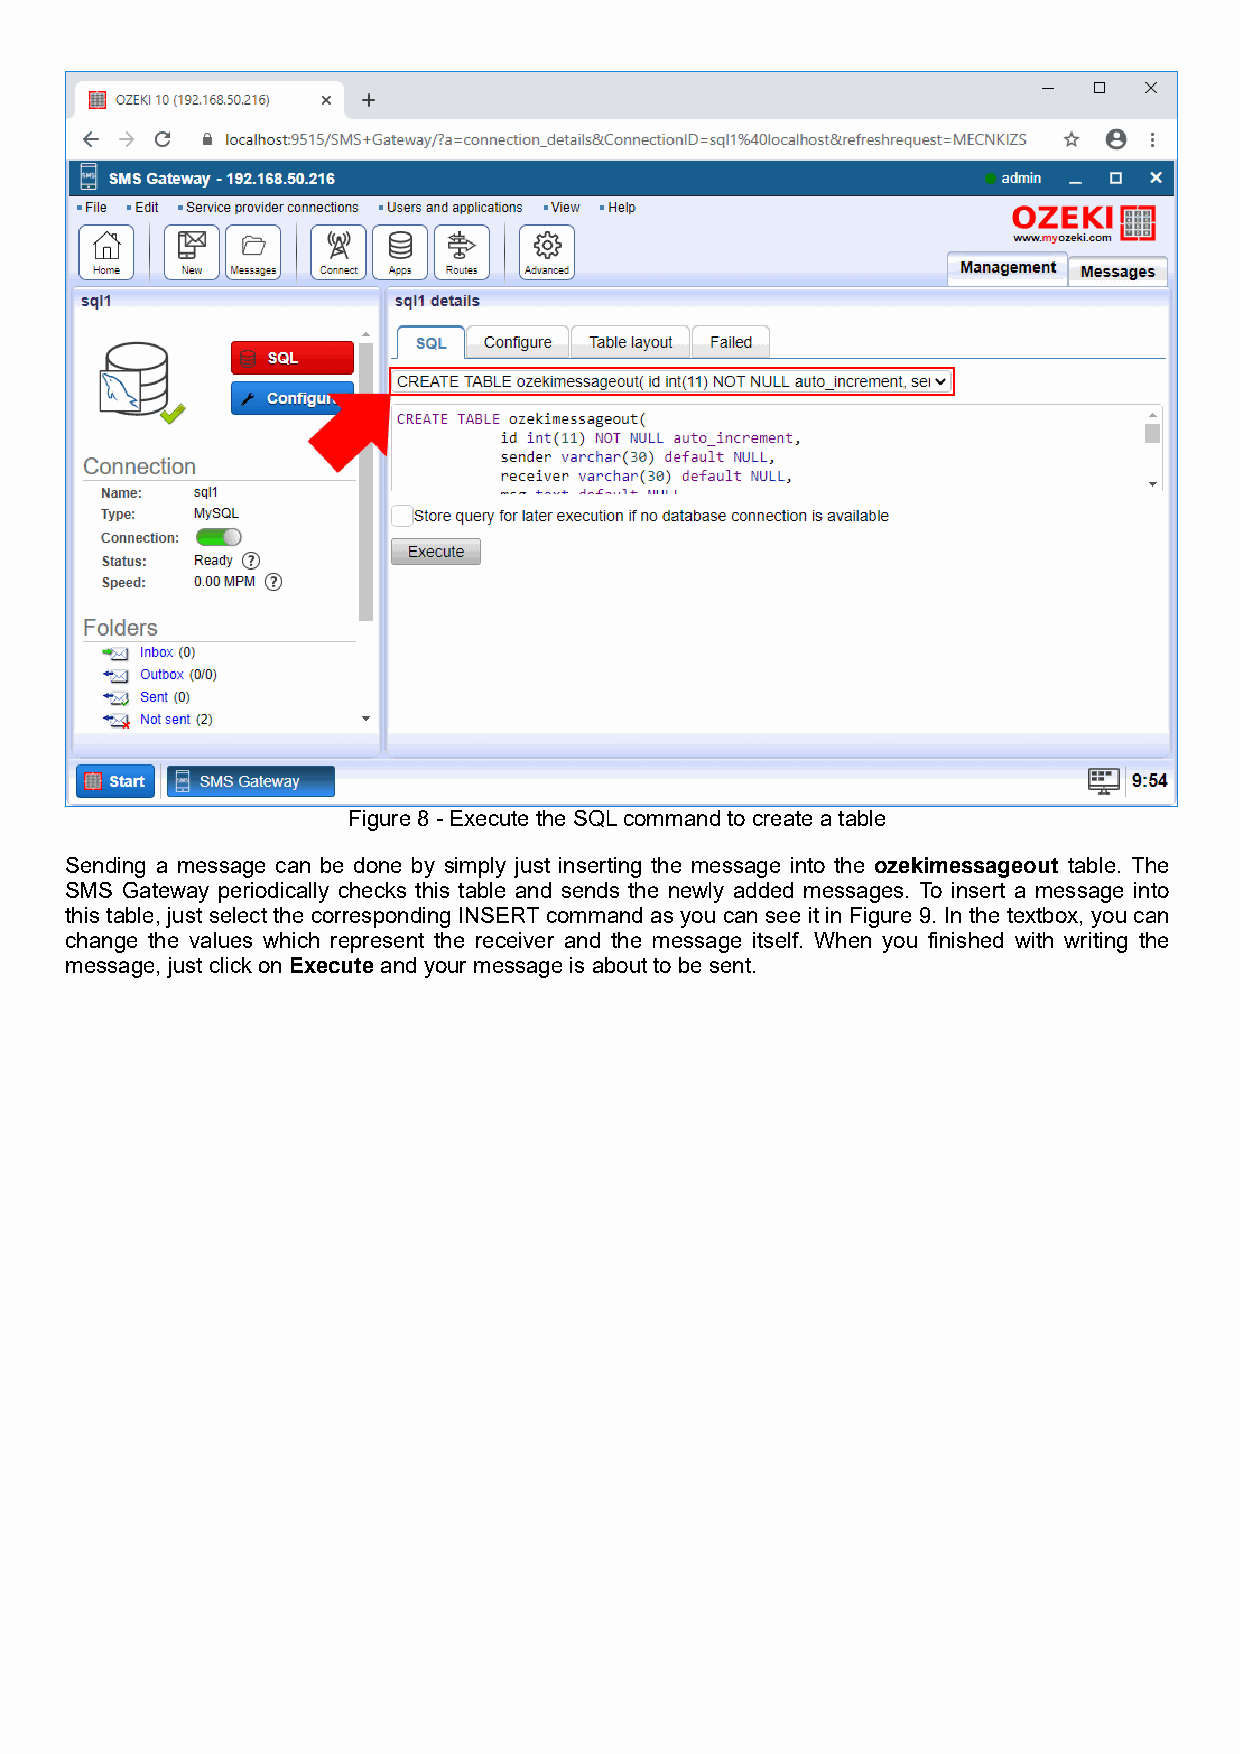
Figure 8 - Execute the SQL command to create a table
 Sending a message can be done by simply just inserting the message into the ozekimessageout table. The
 SMS Gateway periodically checks this table and sends the newly added messages. To insert a message into
 this table, just select the corresponding INSERT command as you can see it in Figure 9. In the textbox, you can
 change the values which represent the receiver and the message itself. When you finished with writing the
 message, just click on Execute and your message is about to be sent.